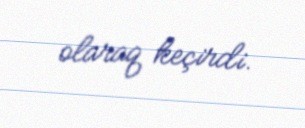
olaraq keçirdi.